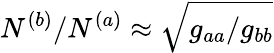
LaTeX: N^{(b)}/N^{(a)}\approx\sqrt{g_{aa}/g_{bb}}